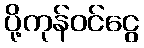
ပို့ကုန်ဝင်ငွေ